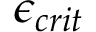
{ \epsilon } _ { c r i t }